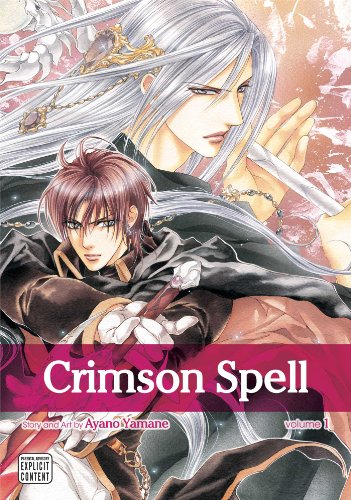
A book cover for Crimson Spell, Vol. 1; Ayano Yamane; Comics & Graphic Novels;